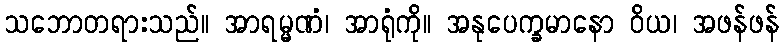
သဘောတရားသည်။ အာရမ္မဏံ၊ အာရုံကို။ အနုပေက္ခမာနော ဝိယ၊ အဖန်ဖန်